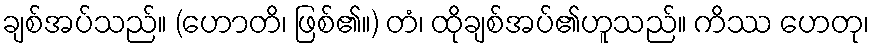
ချစ်အပ်သည်။ (ဟောတိ၊ ဖြစ်၏။) တံ၊ ထိုချစ်အပ်၏ဟူသည်။ ကိဿ ဟေတု၊